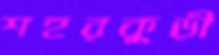
শহরকুড়ী